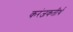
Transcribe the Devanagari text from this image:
करंजकतीर्थ